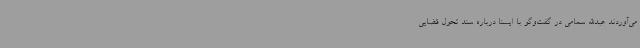
می‌آوردند عبدالله سمامی در گفت‌وگو با ایسنا درباره سند تحول قضایی